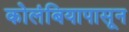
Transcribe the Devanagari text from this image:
कोलंबियापासून